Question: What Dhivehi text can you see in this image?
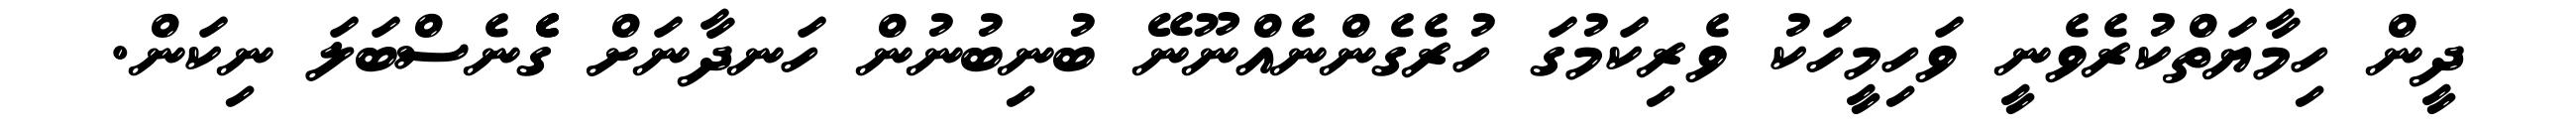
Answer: ދީން ހިމާޔަތްކުރެވެނީ ވަހިމީހަކު ވެރިކަމުގަ ހުރެގެންނެއްނޫނޭ ބުނިބުނުން ހަނދާނަށް ގެެެނެސްބަލަ ނިކަން.